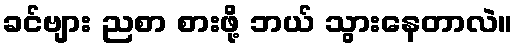
ခင်ဗျား ညစာ စားဖို့ ဘယ် သွားနေတာလဲ။